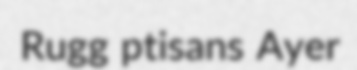
Rugg ptisans Ayer